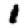
Digit: 1